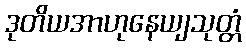
ဒုတိယအာဟုနေယျသုတ္တံ